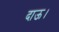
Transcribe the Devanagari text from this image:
दाऊ।